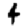
Digit: 4